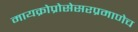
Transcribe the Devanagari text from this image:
मायक्रोप्रोसेसरप्रमाणेच